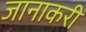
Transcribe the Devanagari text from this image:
जानाकरी